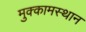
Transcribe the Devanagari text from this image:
मुक्कामस्थान